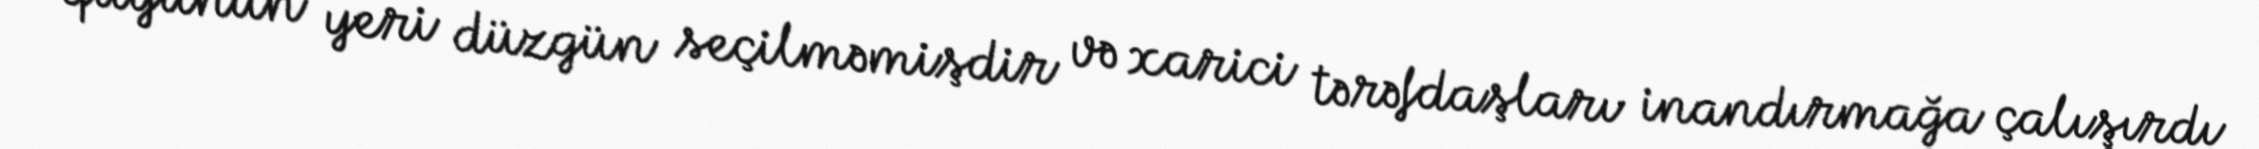
quyunun yeri düzgün seçilməmişdir və xarici tərəfdaşları inandırmağa çalışırdı